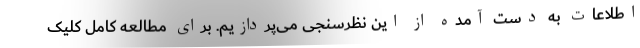
اطلاعات به دست آمده از این نظرسنجی می‌پردازیم. برای مطالعه کامل کلیک